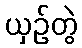
ယှဉ်တွဲ